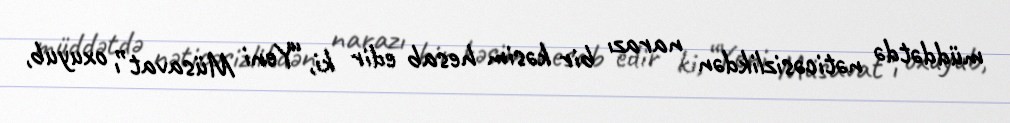
müddətdə nəticəsizlikdən narazı bir kəsim hesab edir ki, “Yeni Müsavat”ı oxuyub,